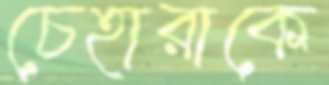
চেহারাকে